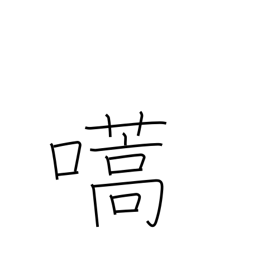
Meaning: call